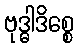
ဗုဒ္ဓါဒိစ္စေ